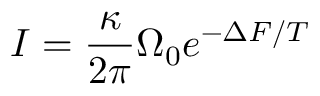
I = \frac { \kappa } { 2 \pi } \Omega _ { 0 } e ^ { - \Delta F / T }